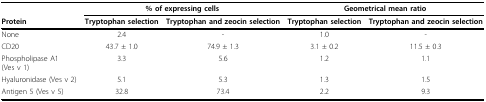
<table><thead><tr><td></td><td colspan="2"><b>% of expressing cells</b></td><td colspan="2"><b>Geometrical mean ratio</b></td></tr><tr><td><b>Protein</b></td><td><b>Tryptophan selection</b></td><td><b>Tryptophan and zeocin selection</b></td><td><b>Tryptophan selection</b></td><td><b>Tryptophan and zeocin selection</b></td></tr></thead><tbody><tr><td>None</td><td>2.4</td><td>-</td><td>1.0</td><td>-</td></tr><tr><td>CD20</td><td>43.7 ± 1.0</td><td>74.9 ± 1.3</td><td>3.1 ± 0.2</td><td>11.5 ± 0.3</td></tr><tr><td>Phospholipase A1 (Ves v 1)</td><td>3.3</td><td>5.6</td><td>1.2</td><td>1.1</td></tr><tr><td>Hyaluronidase (Ves v 2)</td><td>5.1</td><td>5.3</td><td>1.3</td><td>1.5</td></tr><tr><td>Antigen 5 (Ves v 5)</td><td>32.8</td><td>73.4</td><td>2.2</td><td>9.3</td></tr></tbody></table>